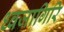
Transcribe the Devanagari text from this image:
ध्वजागिरि